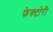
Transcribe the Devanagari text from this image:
फेक्टोरी